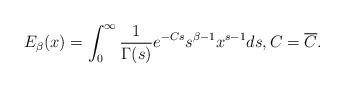
\begin{align*}E_{\beta}(x)=\int_{0}^{\infty}\frac{1}{\Gamma(s)}e^{-Cs}s^{\beta-1}x^{s-1}ds,C=\overline{C}.\end{align*}